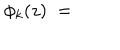
\phi _ { k } ( z ) \; = \;